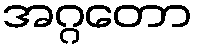
အဂ္ဂတော